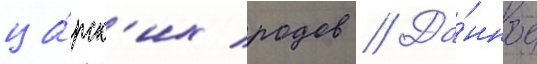
ца́рск'их родов // Да́нное